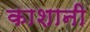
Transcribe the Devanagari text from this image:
काशानी